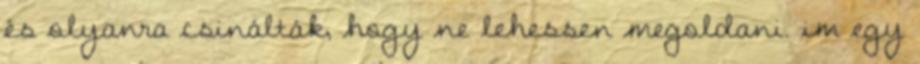
és olyanra csinálták, hogy ne lehessen megoldani. im egy